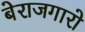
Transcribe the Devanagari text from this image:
बेराजगारो